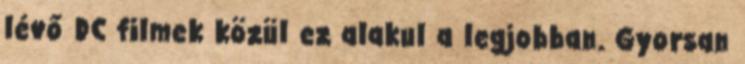
lévő DC filmek közül ez alakul a legjobban. Gyorsan